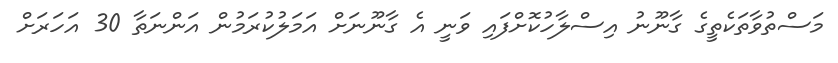
މަސްތުވާތަކެތީގެ ގާނޫނު އިސްލާހުކޮށްފައި ވަނީ އެ ގާނޫނަށް އަމަލުކުރަމުން އަންނަތާ 30 އަހަރަށް